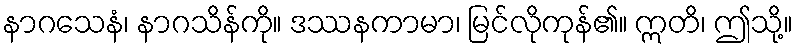
နာဂသေနံ၊ နာဂသိန်ကို။ ဒဿနကာမာ၊ မြင်လိုကုန်၏။ ဣတိ၊ ဤသို့။